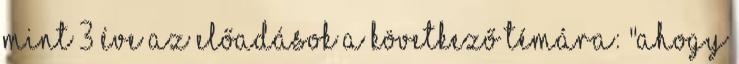
mint 3 éve Az előadások a következő témára: "Ahogy